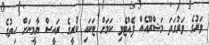
ވަރުގެ ވަރުގަދަ މަޝްރޫއެއް ފެއްޓެވި ކަމަށް ޓަކައި ކުރީގެ ރައީސް ޔާމީނަށް ހިތުގެ